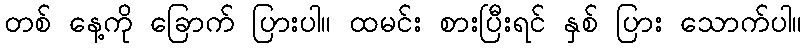
တစ် နေ့ကို ခြောက် ပြားပါ။ ထမင်း စားပြီးရင် နှစ် ပြား သောက်ပါ။